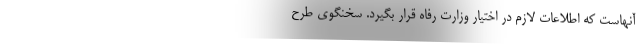
آنهاست که اطلاعات لازم در اختیار وزارت رفاه قرار بگیرد. سخنگوی طرح